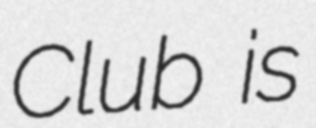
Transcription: Club is